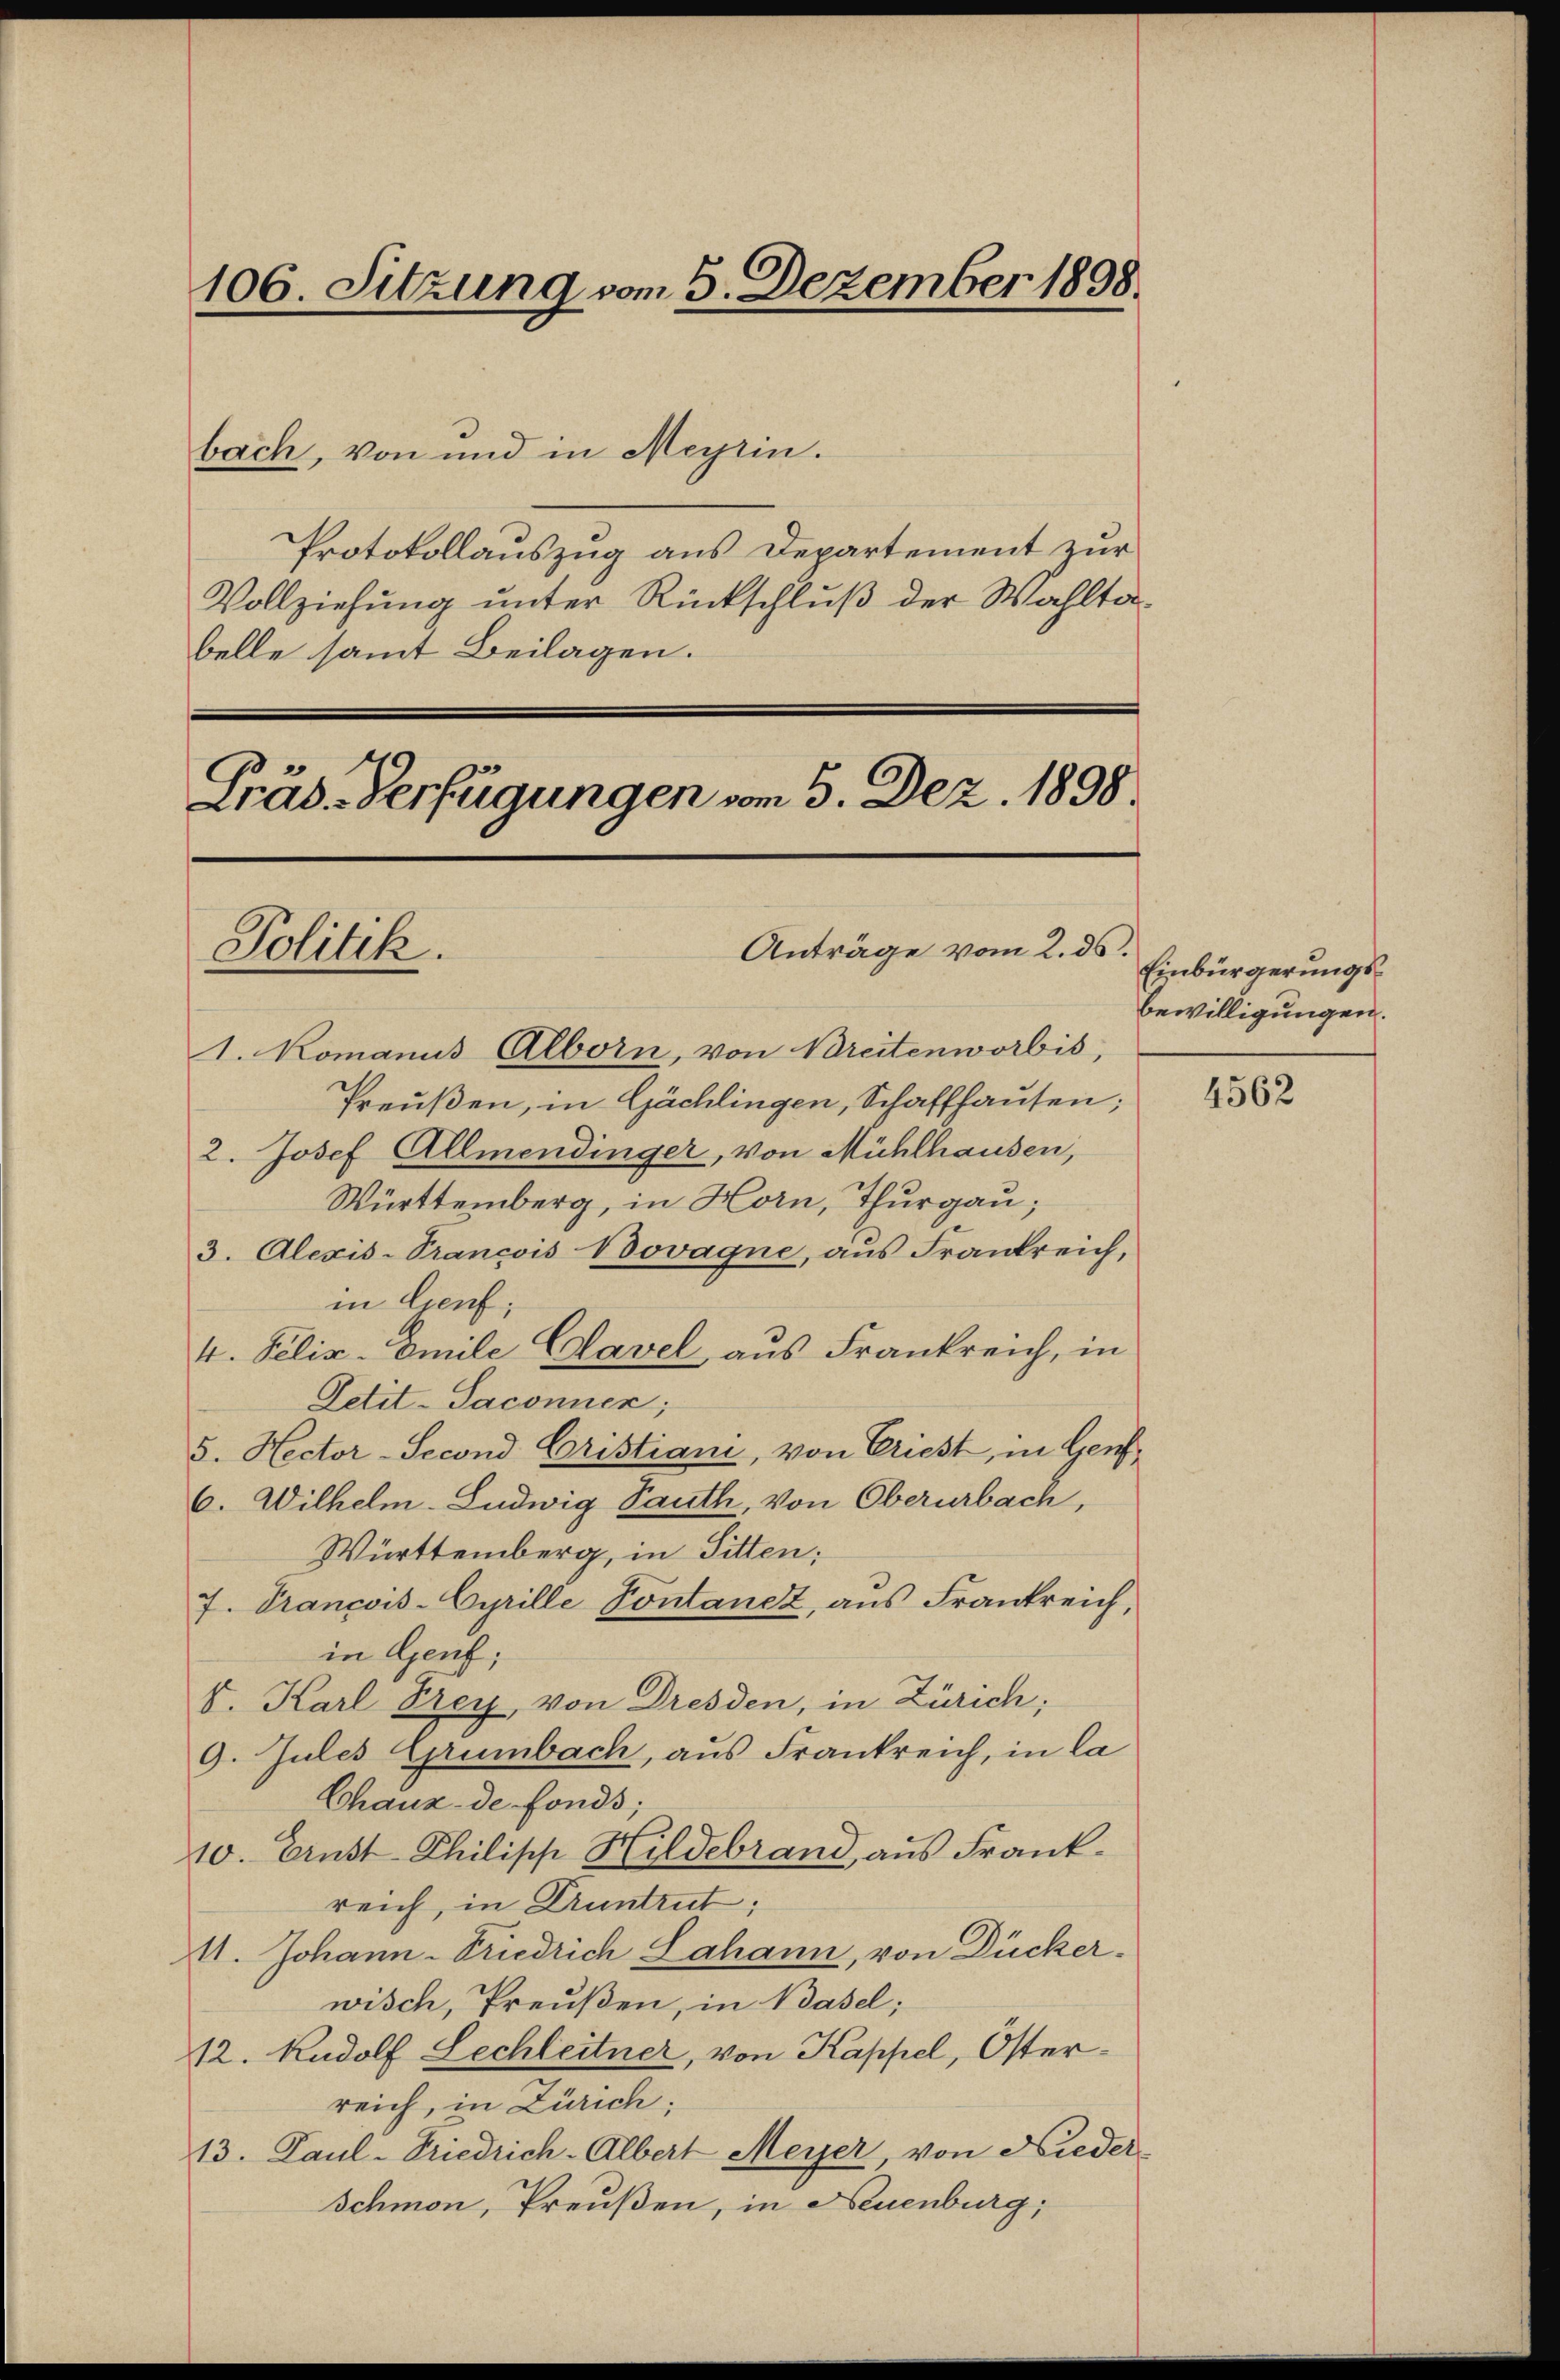
106. Sitzung vom 5. Dezember 1898.

bach, von und in Meyrin.
Protokollauszug aus Departement zur
Vollziehung unter Rückschluß der Wahltabelle samt Beilagen.

Präs-Verfügungen vom 5. Dez. 1898.
Anträge vom 2. ds.
Politik.

Einbürgerungs¬
Bewilligungen.

1. Komanus Alborn, von Breitenworbis,
Preußen, in Gächlingen, Schaffhausen;
2. Josef Allmendinger, von Mühlhausen,
Württemberg, in Horn, Thurgau;
3. Alexis-Trancois Novagne, aus Frankreich,
in Genf;
4. Peliz-Emile Clavel aus Frankreich, in
Petit-Saconuen;
5. Nector-Second Cristiani, von Priest, in Genf¬
6. Wilhelm-Ludwig Sauth, von Oberurbach,
Württemberg, in Sitten;
7. Prancois-Cyrille Pontanez, aus Frankreich,
in Genf;
S. Karl Frey von Dresden, in Zürich;
9. Jules Grünbach, aus Frankreich, in la
Chaux de fonds;
10. Ernst Philipp Hildebrand, aus Frank-
reich, in Druntrut;
11. Johann-Friedrich Lahann, von Dücker-
wisch, Preußen, in Basel;
12. Rudolf Lechleitner, von Kappel, Osterreich, in Zürich;
13. Paul-Friedrich-Albert Meyer, von Nieder-
Schmon, Preußen, in Neuenburg,

4562